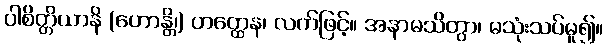
ပါစိတ္တိယာနိ (ဟောန္တိ၊) ဟတ္ထေန၊ လက်ဖြင့်။ အနာမသိတွာ၊ မသုံးသပ်မူ၍။